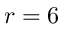
r = 6